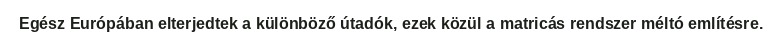
Egész Európában elterjedtek a különböző útadók, ezek közül a matricás rendszer méltó említésre.